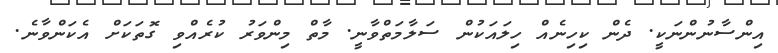
އިންސާނުންނަކީ. ދެން ކިހިނެއް ހިލައަކުން ސަލާމަތްވާނީ. މާތް މިންވަރު ކުރެއްވި ގޮތަކަށް އެކަންވާނެ.